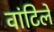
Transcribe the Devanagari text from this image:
वांटिलें